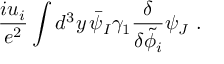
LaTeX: \frac { i u _ { i } } { e ^ { 2 } } \int d ^ { 3 } y \, \bar { \psi } _ { I } \gamma _ { 1 } \frac { \delta } { \delta \tilde { \phi } _ { i } } \psi _ { J } \ .